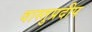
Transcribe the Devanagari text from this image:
वास्तुप्रदीप